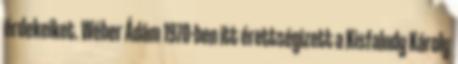
érdekeiket. Wéber Ádám 1970-ben itt érettségizett a Kisfaludy Károly